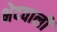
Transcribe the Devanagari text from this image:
भेदवाली